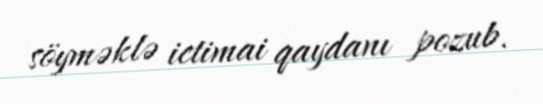
söyməklə ictimai qaydanı pozub.